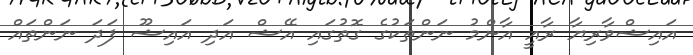
އައިޝްވާރިޔާ ރާއީ އާންމު ނަންތަކުގެ ގޮތުގައި އޭޝް އަދި އައިޝޫ ފަދަ ނަންތައް